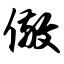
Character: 儆